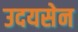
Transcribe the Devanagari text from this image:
उदयसेन